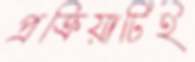
প্রক্রিয়াটিই